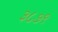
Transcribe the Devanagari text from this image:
३८७९